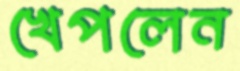
খেপলেন